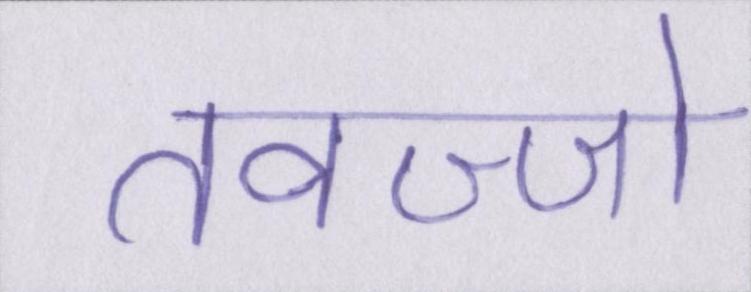
तवज्जो